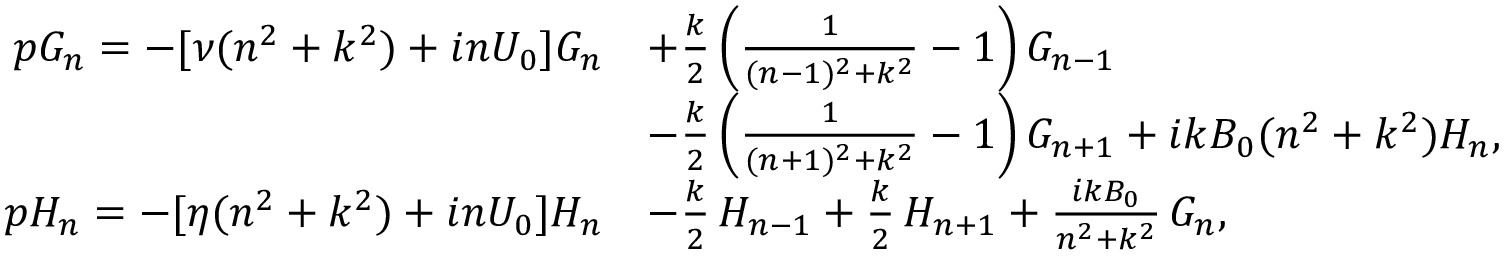
\begin{array} { r l } { p G _ { n } = - [ \nu ( n ^ { 2 } + k ^ { 2 } ) + i n U _ { 0 } ] G _ { n } } & { + \frac { k } { 2 } \left( \frac { 1 } { ( n - 1 ) ^ { 2 } + k ^ { 2 } } - 1 \right) G _ { n - 1 } } \\ & { - \frac { k } { 2 } \left( \frac { 1 } { ( n + 1 ) ^ { 2 } + k ^ { 2 } } - 1 \right) G _ { n + 1 } + i k B _ { 0 } ( n ^ { 2 } + k ^ { 2 } ) H _ { n } , } \\ { p H _ { n } = - [ \eta ( n ^ { 2 } + k ^ { 2 } ) + i n U _ { 0 } ] H _ { n } } & { - \frac { k } { 2 } \, H _ { n - 1 } + \frac { k } { 2 } \, H _ { n + 1 } + \frac { i k B _ { 0 } } { n ^ { 2 } + k ^ { 2 } } \, G _ { n } , } \end{array}